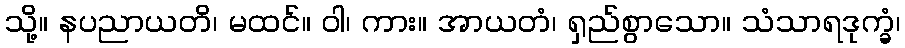
သို့။ နပညာယတိ၊ မထင်။ ဝါ၊ ကား။ အာယတံ၊ ရှည်စွာသော။ သံသာရဒုက္ခံ၊